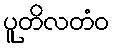
ပူတိလတံဝ